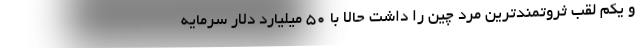
و یکم لقب ثروتمندترین مرد چین را داشت حالا با ۵۰ میلیارد دلار سرمایه